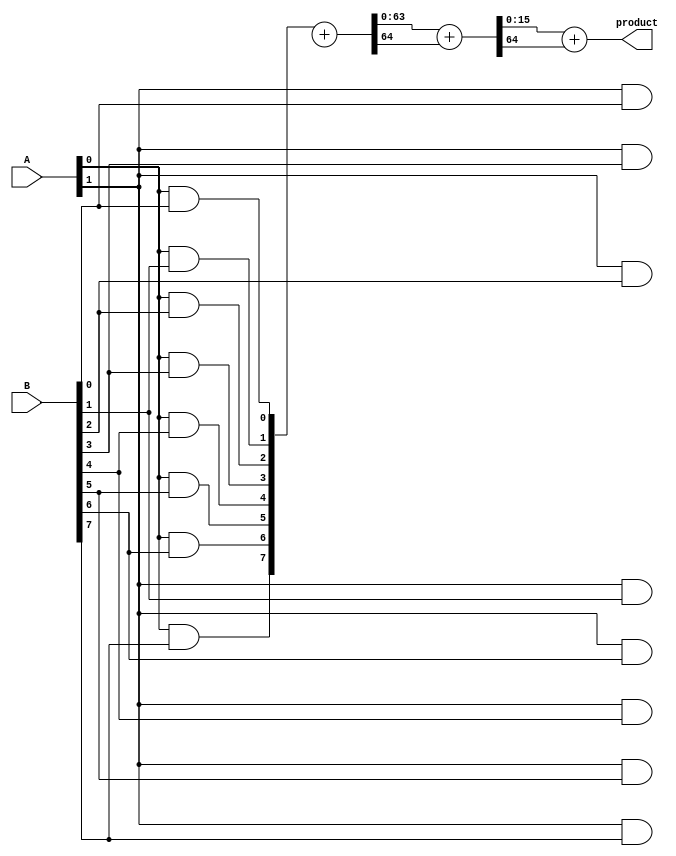
module AdaptiveWallaceTreeMultiplier #(parameter WIDTH_A = 8, WIDTH_B = 8)(
    input [WIDTH_A-1:0] A,
    input [WIDTH_B-1:0] B,
    output reg [(WIDTH_A + WIDTH_B - 1):0] product
);

    // Partial product generation
    wire [WIDTH_A * WIDTH_B - 1:0] partial_products [0:WIDTH_A-1];
    genvar i, j;
    generate
        for (i = 0; i < WIDTH_A; i = i + 1) begin : pp_gen
            for (j = 0; j < WIDTH_B; j = j + 1) begin : pp_gen_inner
                assign partial_products[i][j + (i * WIDTH_B)] = A[i] & B[j];
            end
        end
    endgenerate

    // Wallace tree reduction using Carry-Save Adders (CSAs)
    wire [WIDTH_A * WIDTH_B - 1:0] sum [0:WIDTH_A-1];
    wire [WIDTH_A * WIDTH_B - 1:0] carry [0:WIDTH_A-1];

    // Initial stage of CSAs
    generate
        for (i = 0; i < WIDTH_A - 1; i = i + 1) begin : CSA_stage
            if (i < WIDTH_A - 1) begin
                assign {carry[i], sum[i]} = partial_products[i] + partial_products[i + 1];
            end
        end
    endgenerate

    // Final addition stage
    wire [WIDTH_A * WIDTH_B - 1:0] final_sum;
    wire [WIDTH_A * WIDTH_B - 1:0] final_carry;

    assign {final_carry, final_sum} = sum[0] + carry[0];

    // Final product calculation
    always @(*) begin
        product = final_sum + final_carry;
    end

endmodule